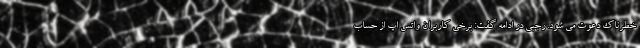
خطرناک دعوت می شود. رجبی در ادامه گفت: برخی کاربران واتس اپ از حساب